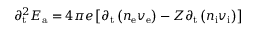
{ \partial _ { \mathrm { t } } ^ { 2 } } E _ { \mathrm { a } } = 4 \pi e \left[ { \partial _ { \mathrm { t } } } \left( n _ { \mathrm { e } } v _ { \mathrm { e } } \right) - Z { \partial _ { \mathrm { t } } } \left( n _ { \mathrm { i } } v _ { \mathrm { i } } \right) \right]